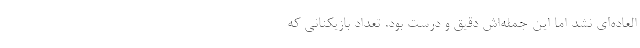
‌العاده‌ای نشد اما این جمله‌اش دقیق و درست بود. تعداد بازیکنانی که